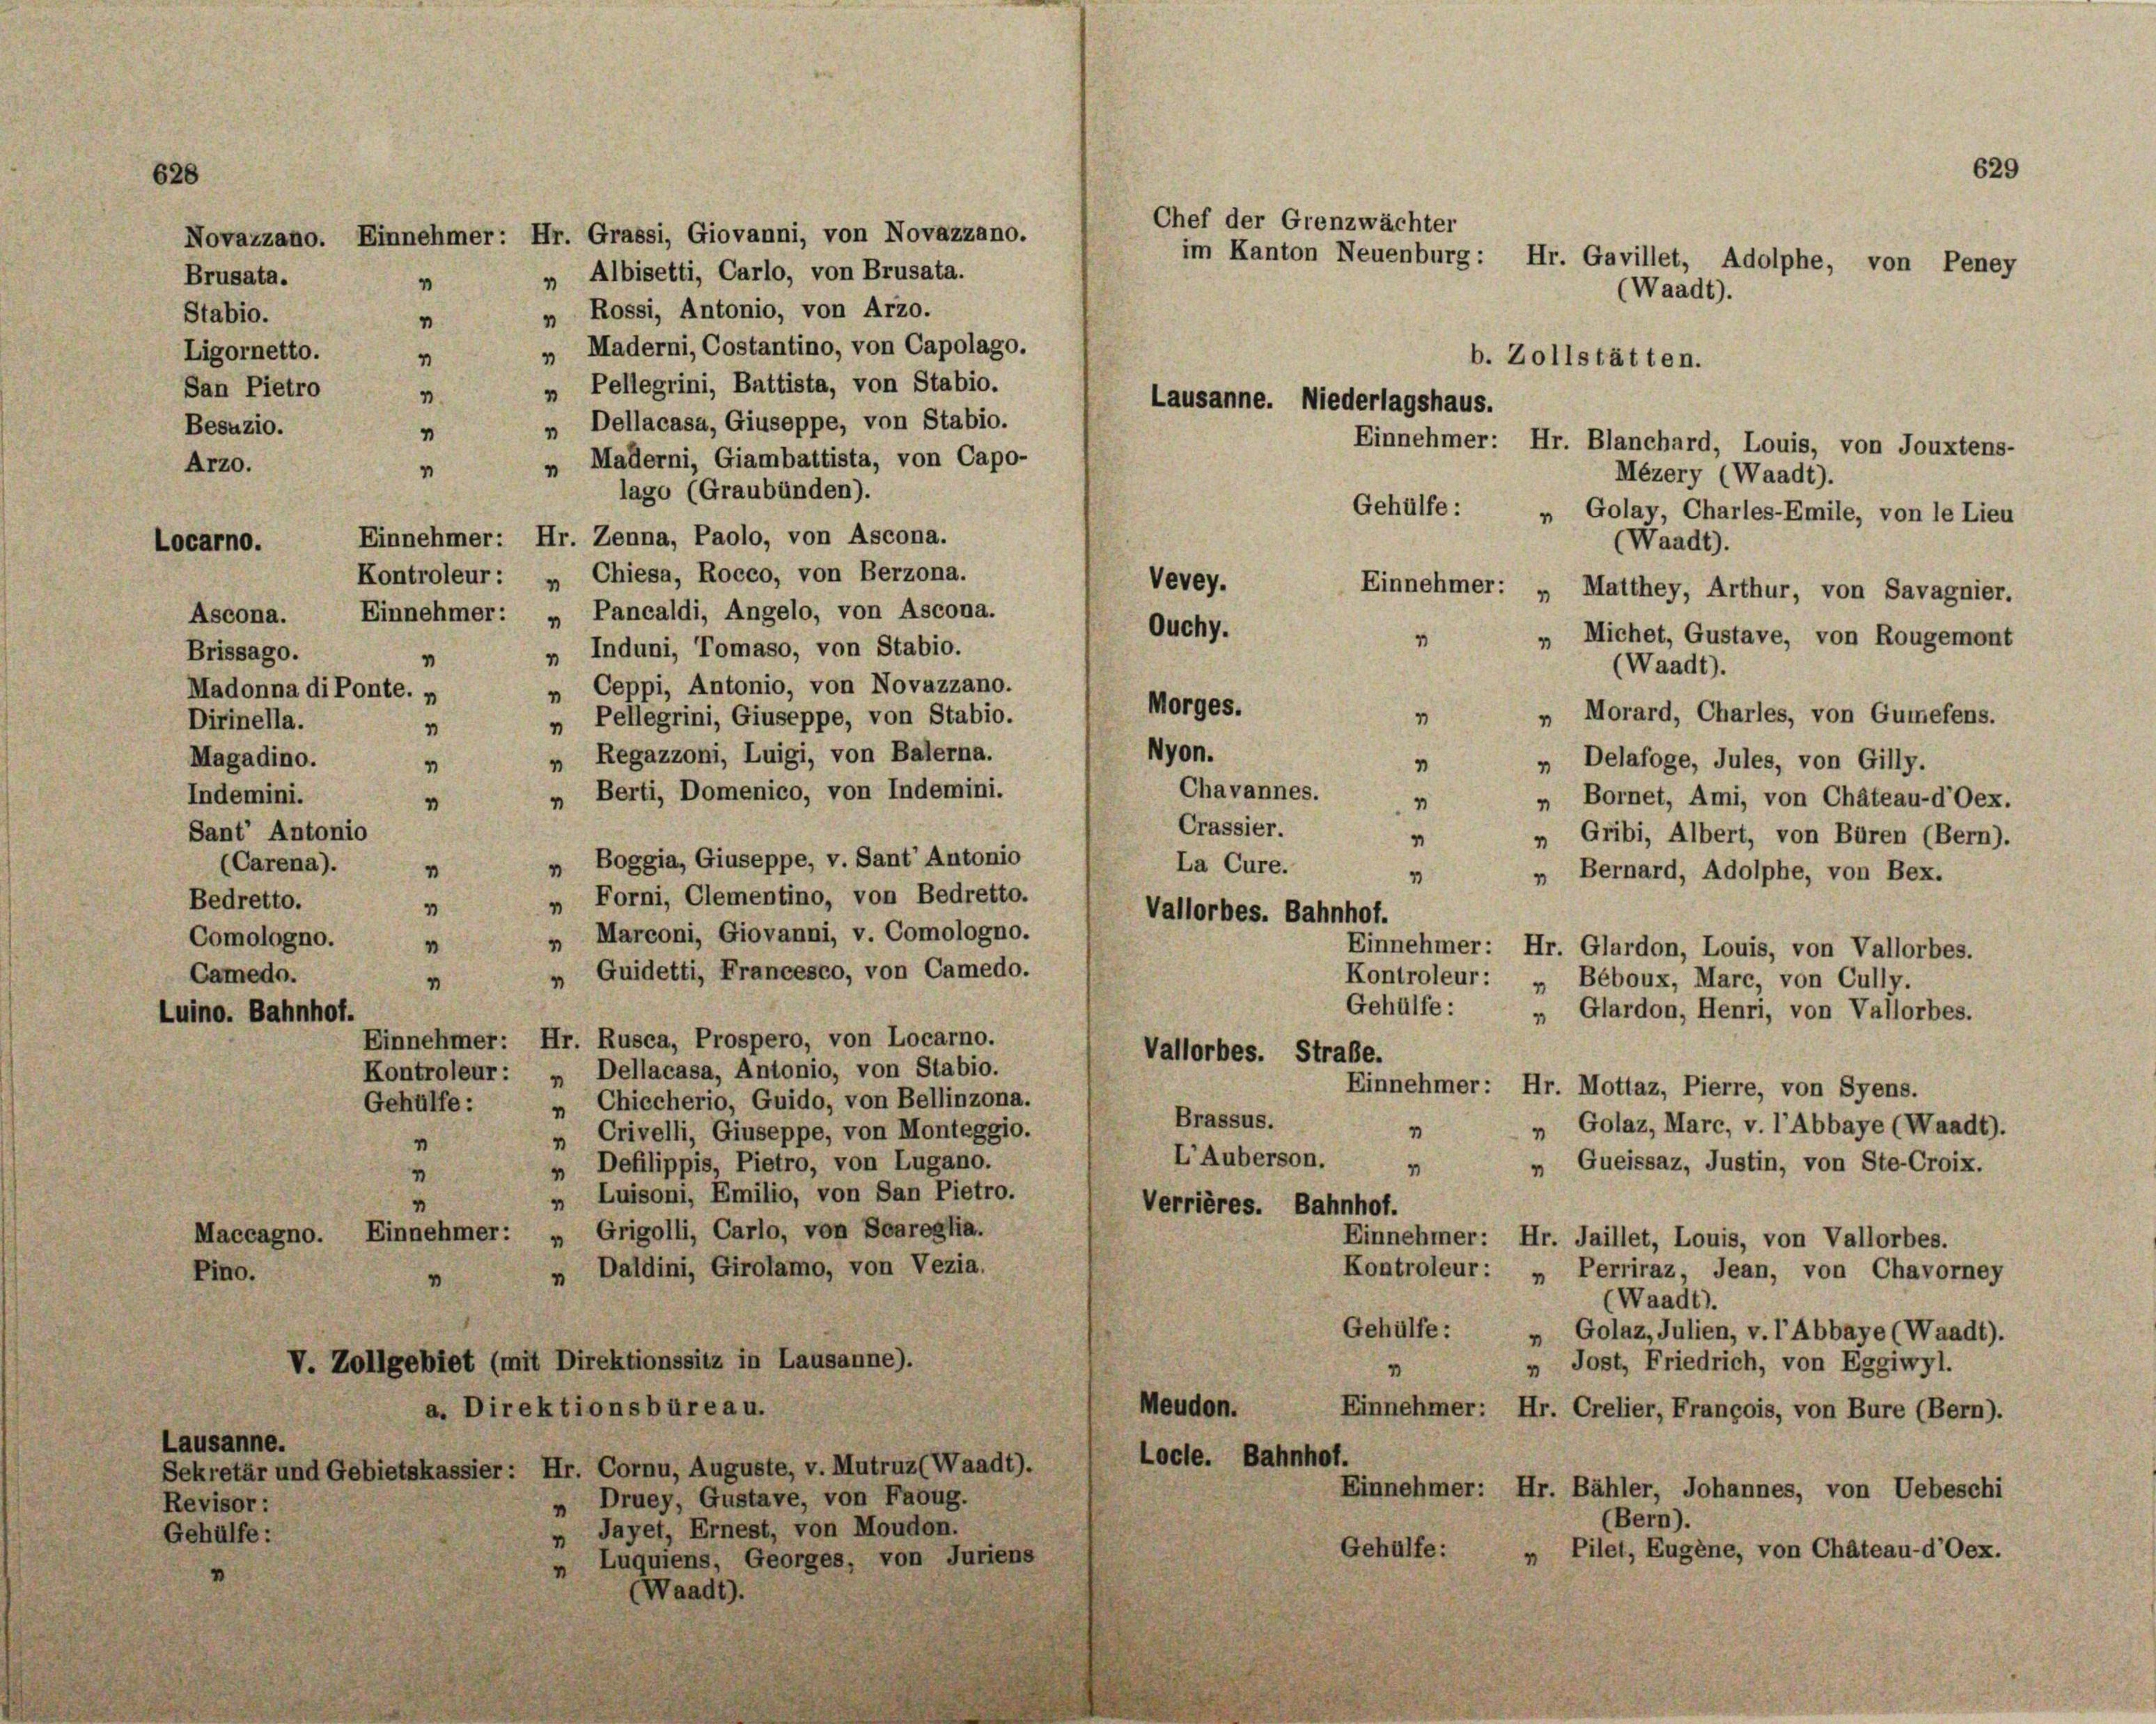
628

Brusata.
4
Stabio.
1
Ligornetto.
1
San Pietro
1
Besuzio.
4
Arzo.
“

Dirinella.
Magadino.
Indemini.
Bedretto.

Novazzano. Einnehmer: Hr. Grassi, Giovanni, von Novazzano.
„ Albisetti, Carlo, von Brusata.
„ Rossi, Antonio, von Arzo.
„ Maderni, Costantino, von Capolago.
„ Pellegrini, Battista, von Stabio.
Lausanne. Niederlagshaus.
„ Dellacasa, Giuseppe, von Stabio.
„ Maderni, Giambattista, von Capo-
lago (Graubünden).
Gehülfe :
Einnehmer: Hr. Zenna, Paolo, von Ascona.
Kontroleur: „ Chiesa, Rocco, von Berzona.
Vevey.
Einnehmer: „Pancaldi, Angelo, von Ascona.
Ouchy.
„ Induni, Tomaso, von Stabio.
v
„ Ceppi, Antonio, von Novazzano.
Morges.
„ Morard, Charles, von Gumefens.
1
„ Peflegrini, Giuseppe, von Stabio.
1
Nyon.
„ Regazzoni, Luigi, von Baierna.
„ Delafoge, Jules, von Gilly.
1
4
Chavannes.
„ Berti, Domenico, von Indemini.
„ Bornet, Ami, von Chateau-d’Oex.
"
1
Crassier.
„ Gribi, Albert, von Büren (Bern).
“
„ Boggia, Giuseppe, v. Sant Autonio
La Cure.
"
„ Bernard, Adolphe, von Bex.
1
„ Forni, Clementino, von Bedretto.
4
Vallorbes. Bahnhof.
„ Marconi, Giovanni, v. Comologno.
1
Einnehmer: Hr. Glardon, Louis, von Vallorbes.
„ Guidetti, Francesco, von Camedo.
Kontroleur: „ Béboux, Marc, von Cully.
1
Gehülfe :
„ Glardon, Henri, von Vallorbes.
Einnehmer: Hr. Rusca, Prospero, von Locarno.
Vallorbes. Straße.
Kontroleur: „ Dellacasa, Antonio, von Stabio.
Einnehmer: Hr. Mottaz, Pierre, von Syens.
„ Chiecherio, Guido, von Bellinzona.
Gehülfe :
Brassus.
„ Golaz, Marc, v. l’Abbaye (Waadt).
1
„ Crivelli, Giuseppe, von Monteggio.
"
L’Auberson.
„Queissaz, Justin, von Ste-Croix.
„ Defilippis, Pietro, von Lugano.
7
1
„ Luisoni, Emilio, von San Pietro.
4
Verrières. Bahnhof.
Maccagno. Einnehmer: „ Grigolli, Carlo, von Seareglia.
Einnehmer: Hr. Jaillet, Louis, von Vallorbes.
» Daldini, Girolamo, von Vezia.
Kontroleur: „ Perriraz, Jean, von Chavorney
Pino.
v
Waadt).
Gehülfe:
» Golaz, Julien, v. l’Abbaye (Waadt).
V. Zollgebiet (mit Direktionssitz in Lausanne).
" Jost, Friedrich, von Eggiwyl.
1
Meudon.
a. Direktionsbüreau.
Einnehmer: Hr. Crelier, François, von Bure (Bern).
Lausanne.
Locle. Bahnhof.
Sekretär und Gebietskassier: Hr. Cornu, Auguste, v. Mutruz (Waadt).
Einnehmer: Hr. Bähler, Johannes, von Uebeschi
„ Druey, Gustave, von Faoug.
Revisor:
Bern).
„ Jayet, Ernest, von Moudon.
Gehülfe:
Gehülfe:
„ Pilet, Eugene, von Chateau-d’Oex.
„ Luquiens, Georges, von Juriens
Waadt).

Locarno.

Ascona.
Madonna di Ponte. „
Sant' Antonio
(Carena).
Comologno.
Camedo.
Luino. Bahnhof.

Brissago.

Chef der Grenzwächter

im Kanton Neuenburg: Hr. Gavillet, Adolphe, von Peney
(Waadt).

b. Zollstätten.

(Waadt).
Einnehmer: „ Matthey, Arthur, von Savagnier.
 " Michet, Gustave, von Rougemont
Waadt).

Mézery (Waadt).

Einnehmer: Hr. Blanchard, Louis, von Jouxtens-
„ Golay, Charles-Emile, von le Lieu

629